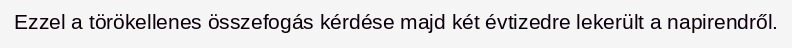
Ezzel a törökellenes összefogás kérdése majd két évtizedre lekerült a napirendről.